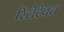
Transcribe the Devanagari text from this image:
रिलेटेबल